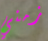
زمني